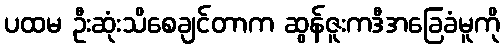
ပထမ ဦးဆုံးသိစေချင်တာက ဆွန်ဇူးကဒီအခြေခံမူကို